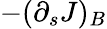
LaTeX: -(\partial_{s}J)_{B}